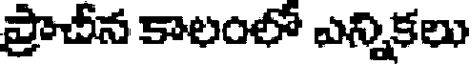
ప్రాచీన కాలంలో ఎన్నికలు